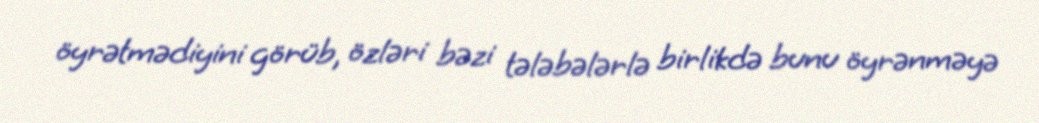
öyrətmədiyini görüb, özləri bəzi tələbələrlə birlikdə bunu öyrənməyə